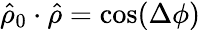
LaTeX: \hat{\rho}_{0}\cdot\hat{\rho}=\cos(\Delta\phi)